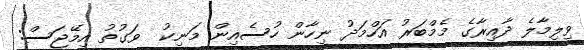
ވިލިމާލެ ދާއިރާގެ މެމްބަރު އަހްމަދު ނިހާން ހުސެއިން މަނިކު  ވަގުތު އިމޭޖަސް: